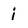
Character: i